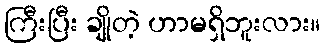
ကြီးပြီး ချိုတဲ့ ဟာမရှိဘူးလား။